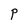
Character: P